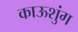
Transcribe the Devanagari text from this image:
काऊशुंग